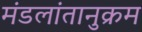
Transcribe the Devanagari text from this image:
मंडलांतानुक्रम